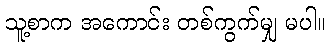
သူ့စာက အကောင်း တစ်ကွက်မျှ မပါ။